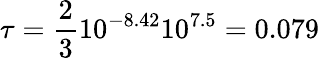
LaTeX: \tau=\frac{2}{3}10^{-8.42}10^{7.5}=0.079